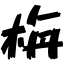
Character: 栴